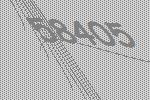
58405